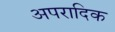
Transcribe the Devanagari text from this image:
अपरादिक